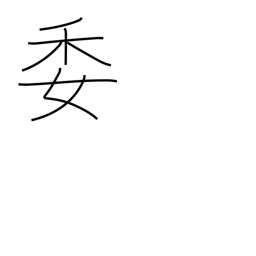
Meaning: committee